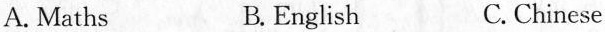
A.Maths B.English C.Chinese